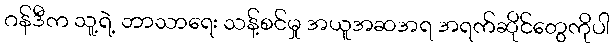
ဂန်ဒီက သူ့ရဲ့ ဘာသာရေး သန့်စင်မှု အယူအဆအရ အရက်ဆိုင်တွေကိုပါ